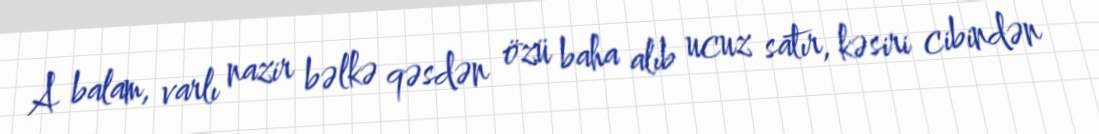
A balam, varlı nazir bəlkə qəsdən özü baha alıb ucuz satır, kəsiri cibindən